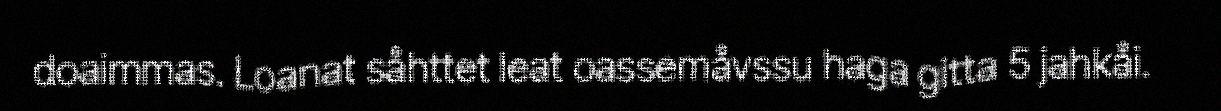
doaimmas. Loanat såhttet leat oassemåvssu haga gitta 5 jahkåi.